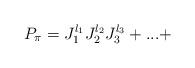
LaTeX: \begin{align*}P_{\pi}=J_{1}^{l_{1}}J_{2}^{l_{2}}J_{3}^{l_{3}}+...+ \end{align*}